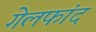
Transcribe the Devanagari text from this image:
गेलफांद